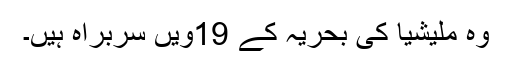
وہ ملیشیا کی بحریہ کے 19ویں سربراہ ہیں۔